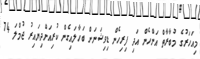
މިއަހަރުގެ މުބާރާތް އަންހެން އަދި ފިރިހެން ޑިވިޝަނަށް ބަހާލައިގެން ކުރިއަށްދިޔައިރު ޖުމްލަ 74